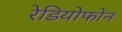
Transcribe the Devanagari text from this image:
रेडियोफोन